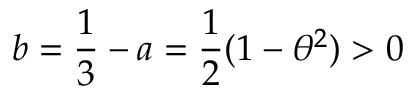
b = \frac { 1 } { 3 } - a = \frac { 1 } { 2 } ( 1 - \theta ^ { 2 } ) > 0